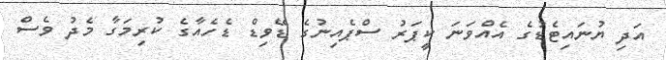
އަދި ޔުނައިޓެޑުގެ އެއްވަނަ ކީޕަރު ސްޕެއިނުގެ ޑޭވިޑް ޑެހެއާގެ ކުރިމަގާ މެދު ވެސް